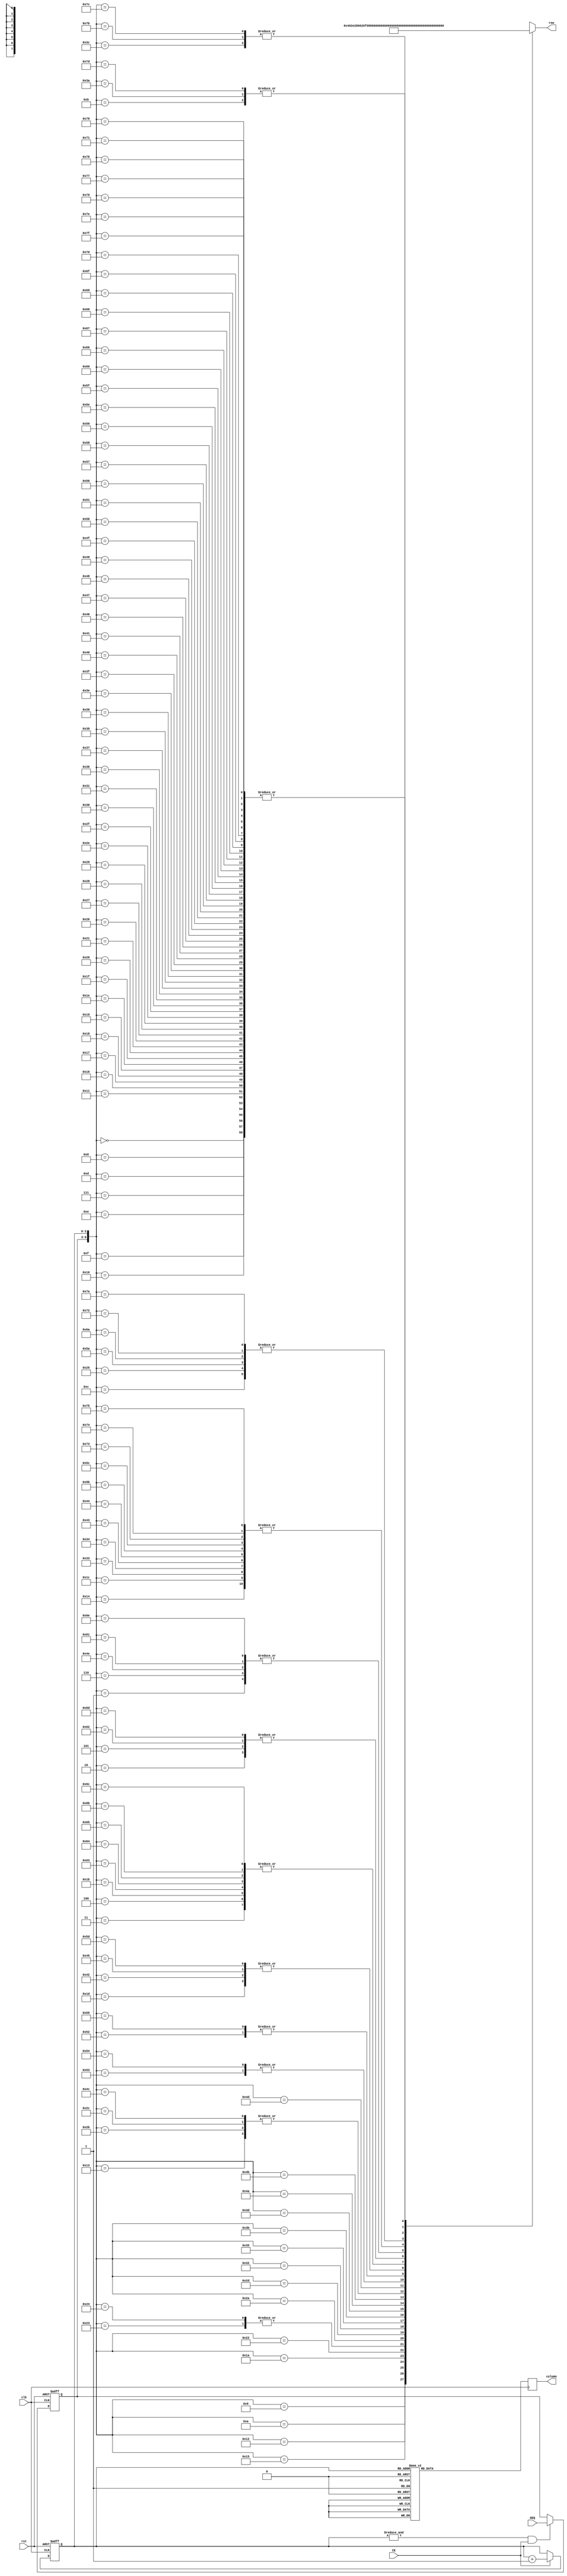
 `timescale 1ns / 1ps
 module LR4_MATRIX_DISP_V10(
 input clk,
 input rst,
 input CE,
 input [3:0]SEQ,
 output reg [7:0]column,
 output [7:0]row
 );
 
reg [3:0] state; 
reg [2:0]column_counter;
wire [7:0]ROM[127:0];
 
always@(posedge clk, posedge rst)
begin
	if(rst)
		column_counter <= 0;
	else if(CE)
		column_counter <= column_counter + 1'b1;
end

always@(posedge clk, posedge rst)
begin
	if(rst)
		state <= 0;
	else if(&(column_counter) & CE)
		state <= SEQ;
end
		
always@(posedge clk)
begin
	case(column_counter)
		3'b000: column = ~(8'b00000001);
		3'b001: column = ~(8'b00000010);
		3'b010: column = ~(8'b00000100);
		3'b011: column = ~(8'b00001000);
		3'b100: column = ~(8'b00010000);
		3'b101: column = ~(8'b00100000);
		3'b110: column = ~(8'b01000000);
		3'b111: column = ~(8'b10000000);
		default: column = ~(8'b00000000);
	endcase
end

//0
assign ROM[7'b0000_000] = 8'b00000000;
assign ROM[7'b0000_001] = 8'b00111100;
assign ROM[7'b0000_010] = 8'b01000010;
assign ROM[7'b0000_011] = 8'b10000001;
assign ROM[7'b0000_100] = 8'b10000001;
assign ROM[7'b0000_101] = 8'b01000010;
assign ROM[7'b0000_110] = 8'b00111100;
assign ROM[7'b0000_111] = 8'b00000000;
//1
assign ROM[7'b0001_000] = 8'b00000000;
assign ROM[7'b0001_001] = 8'b00000100;
assign ROM[7'b0001_010] = 8'b00000010;
assign ROM[7'b0001_011] = 8'b00000001;
assign ROM[7'b0001_100] = 8'b11111111;
assign ROM[7'b0001_101] = 8'b00000000;
assign ROM[7'b0001_110] = 8'b00000000;
assign ROM[7'b0001_111] = 8'b00000000;
//2
assign ROM[7'b0010_000] = 8'b00000000;
assign ROM[7'b0010_001] = 8'b00000000;
assign ROM[7'b0010_010] = 8'b11100010;
assign ROM[7'b0010_011] = 8'b10010001;
assign ROM[7'b0010_100] = 8'b10001001;
assign ROM[7'b0010_101] = 8'b10000110;
assign ROM[7'b0010_110] = 8'b00000000;
assign ROM[7'b0010_111] = 8'b00000000;
//3
assign ROM[7'b0011_000] = 8'b00000000;
assign ROM[7'b0011_001] = 8'b00000000;
assign ROM[7'b0011_010] = 8'b01100010;
assign ROM[7'b0011_011] = 8'b10000001;
assign ROM[7'b0011_100] = 8'b10001001;
assign ROM[7'b0011_101] = 8'b01110110;
assign ROM[7'b0011_110] = 8'b00000000;
assign ROM[7'b0011_111] = 8'b00000000;
//4
assign ROM[7'b0100_000] = 8'b00000000;
assign ROM[7'b0100_001] = 8'b00000000;
assign ROM[7'b0100_010] = 8'b00001111;
assign ROM[7'b0100_011] = 8'b00001000;
assign ROM[7'b0100_100] = 8'b00001000;
assign ROM[7'b0100_101] = 8'b11111111;
assign ROM[7'b0100_110] = 8'b00000000;
assign ROM[7'b0100_111] = 8'b00000000;
//5
assign ROM[7'b0101_000] = 8'b00000000;
assign ROM[7'b0101_001] = 8'b00000000;
assign ROM[7'b0101_010] = 8'b10011111;
assign ROM[7'b0101_011] = 8'b10010001;
assign ROM[7'b0101_100] = 8'b10010001;
assign ROM[7'b0101_101] = 8'b01100001;
assign ROM[7'b0101_110] = 8'b00000000;
assign ROM[7'b0101_111] = 8'b00000000;
//6
assign ROM[7'b0110_000] = 8'b00000000;
assign ROM[7'b0110_001] = 8'b00000000;
assign ROM[7'b0110_010] = 8'b01111110;
assign ROM[7'b0110_011] = 8'b10001001;
assign ROM[7'b0110_100] = 8'b10001001;
assign ROM[7'b0110_101] = 8'b01110010;
assign ROM[7'b0110_110] = 8'b00000000;
assign ROM[7'b0110_111] = 8'b00000000;
//7
assign ROM[7'b0111_000] = 8'b00000000;
assign ROM[7'b0111_001] = 8'b00000000;
assign ROM[7'b0111_010] = 8'b00000001;
assign ROM[7'b0111_011] = 8'b11110001;
assign ROM[7'b0111_100] = 8'b00001001;
assign ROM[7'b0111_101] = 8'b00000111;
assign ROM[7'b0111_110] = 8'b00000000;
assign ROM[7'b0111_111] = 8'b00000000;
//8
assign ROM[7'b1000_000] = 8'b00000000;
assign ROM[7'b1000_001] = 8'b00000000;
assign ROM[7'b1000_010] = 8'b01110110;
assign ROM[7'b1000_011] = 8'b10001001;
assign ROM[7'b1000_100] = 8'b10001001;
assign ROM[7'b1000_101] = 8'b01110110;
assign ROM[7'b1000_110] = 8'b00000000;
assign ROM[7'b1000_111] = 8'b00000000;
//9
assign ROM[7'b1001_000] = 8'b00000000;
assign ROM[7'b1001_001] = 8'b00000000;
assign ROM[7'b1001_010] = 8'b01001100;
assign ROM[7'b1001_011] = 8'b10010010;
assign ROM[7'b1001_100] = 8'b10010001;
assign ROM[7'b1001_101] = 8'b01010010;
assign ROM[7'b1001_110] = 8'b00111100;
assign ROM[7'b1001_111] = 8'b00000000;
//A
assign ROM[7'b1010_000] = 8'b00000000;
assign ROM[7'b1010_001] = 8'b00000000;
assign ROM[7'b1010_010] = 8'b11111110;
assign ROM[7'b1010_011] = 8'b00010001;
assign ROM[7'b1010_100] = 8'b00010001;
assign ROM[7'b1010_101] = 8'b11111110;
assign ROM[7'b1010_110] = 8'b00000000;
assign ROM[7'b1010_111] = 8'b00000000;
//B
assign ROM[7'b1011_000] = 8'b00000000;
assign ROM[7'b1011_001] = 8'b00000000;
assign ROM[7'b1011_010] = 8'b11111111;
assign ROM[7'b1011_011] = 8'b10001001;
assign ROM[7'b1011_100] = 8'b10001001;
assign ROM[7'b1011_101] = 8'b01110110;
assign ROM[7'b1011_110] = 8'b00000000;
assign ROM[7'b1011_111] = 8'b00000000;
//C
assign ROM[7'b1100_000] = 8'b00000000;
assign ROM[7'b1100_001] = 8'b00111100;
assign ROM[7'b1100_010] = 8'b01000010;
assign ROM[7'b1100_011] = 8'b10000001;
assign ROM[7'b1100_100] = 8'b10000001;
assign ROM[7'b1100_101] = 8'b10000001;
assign ROM[7'b1100_110] = 8'b00000000;
assign ROM[7'b1100_111] = 8'b00000000;
//D
assign ROM[7'b1101_000] = 8'b00000000;
assign ROM[7'b1101_001] = 8'b00000000;
assign ROM[7'b1101_010] = 8'b11111111;
assign ROM[7'b1101_011] = 8'b10000001;
assign ROM[7'b1101_100] = 8'b10000001;
assign ROM[7'b1101_101] = 8'b01000010;
assign ROM[7'b1101_110] = 8'b00111100;
assign ROM[7'b1101_111] = 8'b00000000;
//E
assign ROM[7'b1110_000] = 8'b00000000;
assign ROM[7'b1110_001] = 8'b00000000;
assign ROM[7'b1110_010] = 8'b11111111;
assign ROM[7'b1110_011] = 8'b10001001;
assign ROM[7'b1110_100] = 8'b10001001;
assign ROM[7'b1110_101] = 8'b10001001;
assign ROM[7'b1110_110] = 8'b00000000;
assign ROM[7'b1110_111] = 8'b00000000;
//F
assign ROM[7'b1111_000] = 8'b00000000;
assign ROM[7'b1111_001] = 8'b00000000;
assign ROM[7'b1111_010] = 8'b11111111;
assign ROM[7'b1111_011] = 8'b00001001;
assign ROM[7'b1111_100] = 8'b00001001;
assign ROM[7'b1111_101] = 8'b00000001;
assign ROM[7'b1111_110] = 8'b00000000;
assign ROM[7'b1111_111] = 8'b00000000;


assign row = ROM[{state,column_counter}];

endmodule